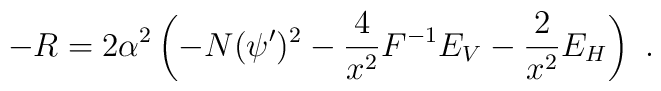
-R =2\alpha^2\left( -N(\psi')^2-{4\over{x^2}} F^{-1} E_V-{2\over{x^2}} E_H\right)\ .